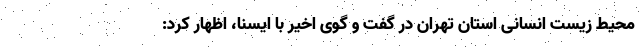
محیط زیست انسانی استان تهران در گفت و گوی اخیر با ایسنا، اظهار کرد: